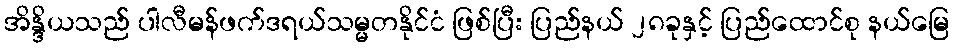
အိန္ဒိယသည် ပါလီမန်ဖက်ဒရယ်သမ္မတနိုင်ငံ ဖြစ်ပြီး ပြည်နယ် ၂၈ခုနှင့် ပြည်ထောင်စု နယ်မြေ